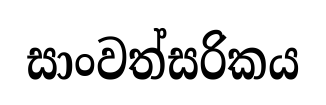
සාංවත්සරිකය